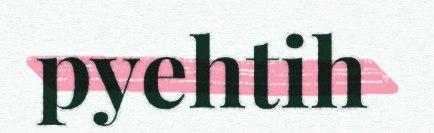
pyehtih